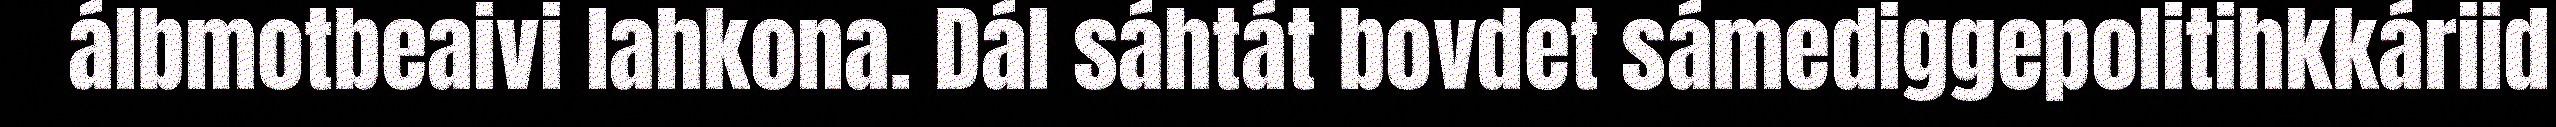
álbmotbeaivi lahkona. Dál sáhtát bovdet sámediggepolitihkkáriid